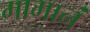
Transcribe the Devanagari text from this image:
मामानं